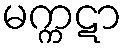
မက္ကဋာ